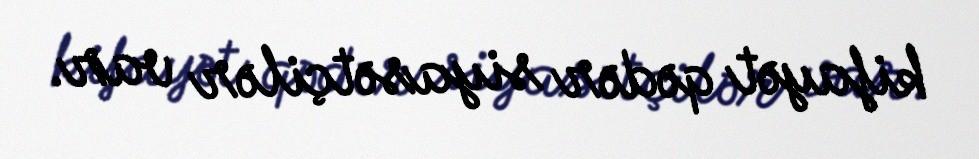
kifayət qədər siyasətçilər var.